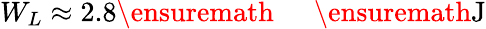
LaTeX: W_{L}\approx 2.8\ensuremath{\mathrm{~\textrm~{~\, ~}~}}\ensuremath{\mathrm{J}}